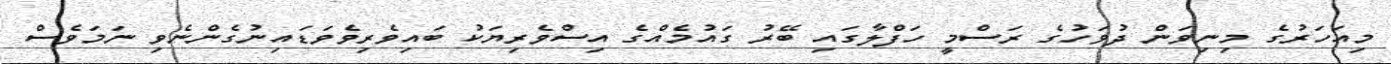
މިއަހަރުގެ މިނިވަން ދުވަހުގެ ރަސްމީ ހަފްލާގައި ބޭރު ގައުމެއްގެ އިސްވެރިޔަކު ބައިވެރިވެވަޑައިނުގެންނެވި ނަަމަވެސް